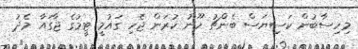
މިހިސާބުން ކަސިޔަސް ބެންޗު ހޫނު ކުރަން ޖެހި ގައުމީ ޓީމުގެ ޖާގައާ މެދު